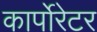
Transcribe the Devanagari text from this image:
कार्पोरेटर